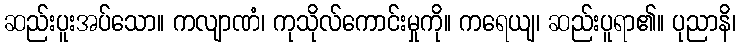
ဆည်းပူးအပ်သော။ ကလျာဏံ၊ ကုသိုလ်ကောင်းမှုကို။ ကရေယျ၊ ဆည်းပူရာ၏။ ပုညာနိ၊